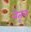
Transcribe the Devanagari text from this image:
नेतृव